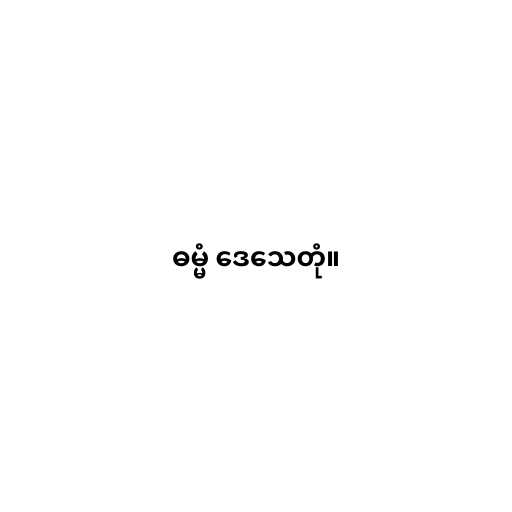
ဓမ္မံ ဒေသေတုံ။